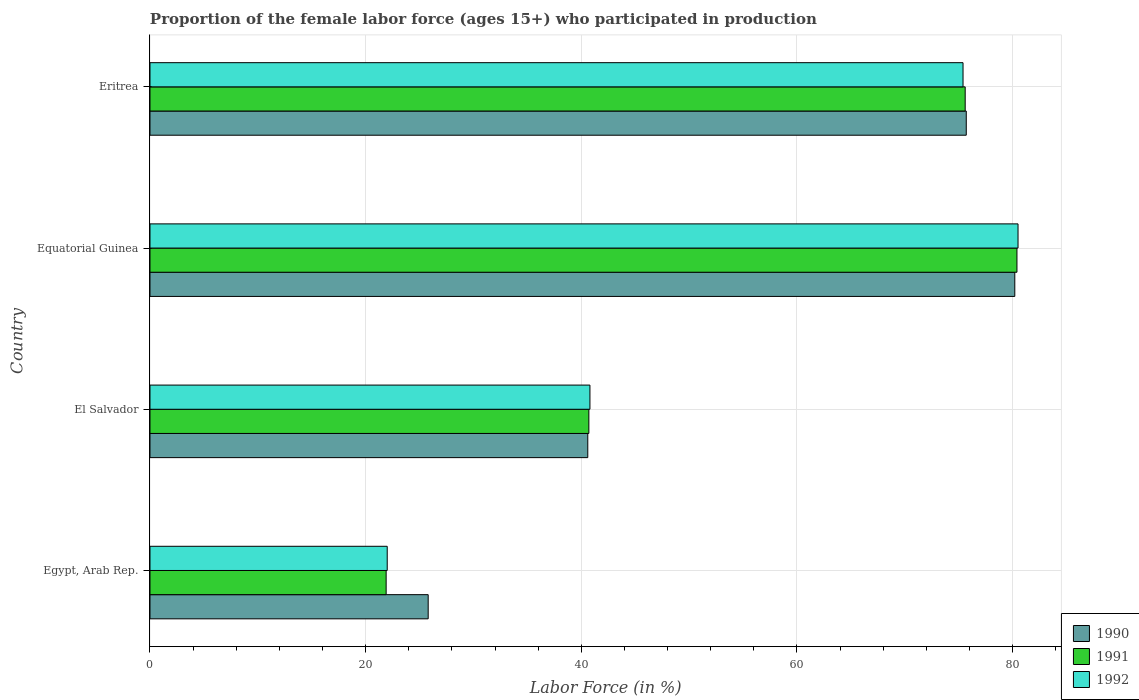
| Country | 1990 | 1991 | 1992 |
 | --- | --- | --- | --- |
 | Egypt, Arab Rep. | 25.8 | 21.9 | 22 |
 | El Salvador | 40.6 | 40.7 | 40.8 |
 | Equatorial Guinea | 80.2 | 80.4 | 80.5 |
 | Eritrea | 75.7 | 75.6 | 75.4 |